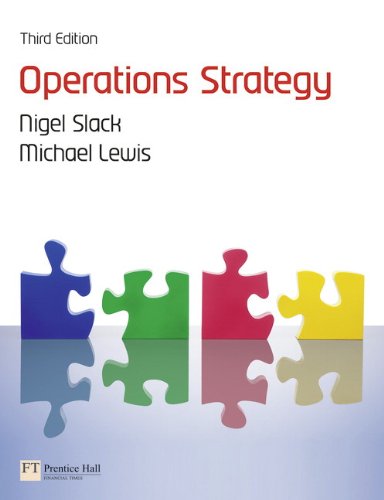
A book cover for Operations Strategy (3rd Edition); Nigel Slack; Business & Money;